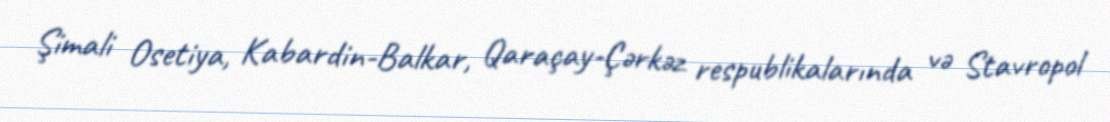
Şimali Osetiya, Kabardin-Balkar, Qaraçay-Çərkəz respublikalarında və Stavropol